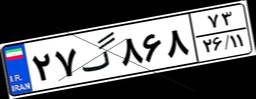
۲۷گ۸۶۸۷۳